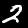
Digit: 2